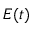
E ( t )